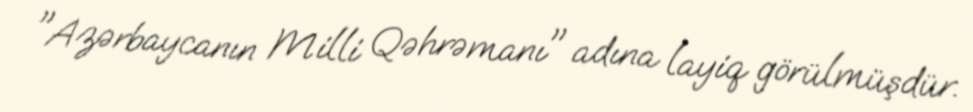
"Azərbaycanın Milli Qəhrəmanı" adına layiq görülmüşdür.